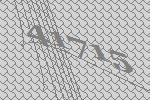
41715